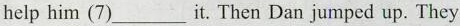
help him (7)___it. Then Dan jumped up. They